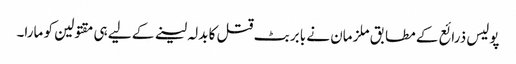
پولیس ذرائع کے مطابق ملزمان نے بابر بٹ قتل کا بدلہ لینے کے لیے ہی مقتولین کو مارا۔